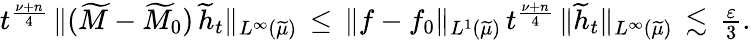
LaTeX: \begin{array}{r}{t^{\frac{\nu+n}{4}}\, \| (\widetilde{M}-\widetilde{M}_{0})\, \widetilde{h}_{t}\| _{L^{\infty}(\widetilde{\mu})}\, \le\, \| f-f_{0}\| _{L^{1}(\widetilde{\mu})}\, t^{\frac{\nu+n}{4}}\, \| \widetilde{h}_{t}\| _{L^{\infty}(\widetilde{\mu})}\, \lesssim\, \frac{\varepsilon}{3}.}\end{array}